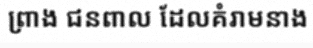
ព្រាង ជនពាល ដែលគំរាមនាង